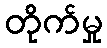
တိုက်မှု